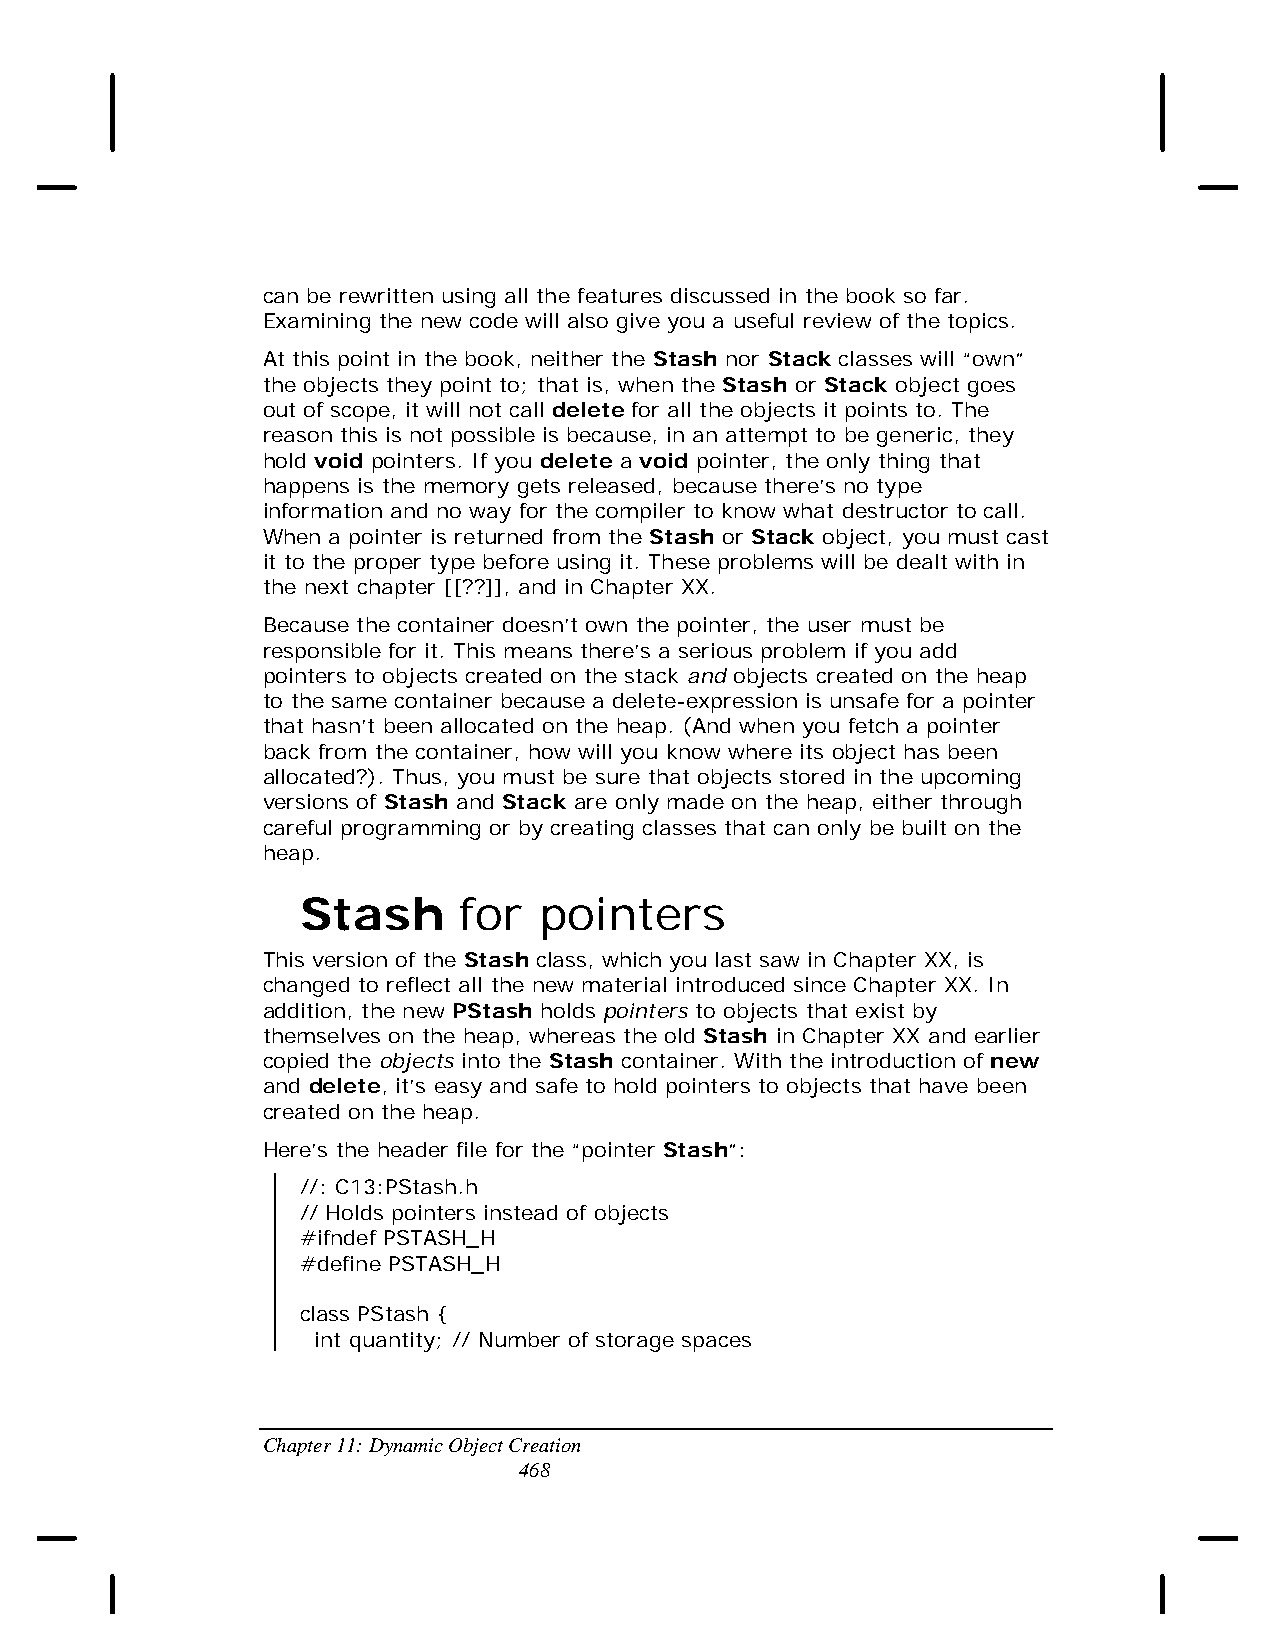
can be rewritten using all the features discussed in the book so far.
 Examining the new code will also give you a useful review of the topics.
 At this point in the book, neither the Stash nor Stack classes will “own”
 the objects they point to; that is, when the Stash or Stack object goes
 out of scope, it will not call delete for all the objects it points to. The
 reason this is not possible is because, in an attempt to be generic, they
 hold void pointers. If you delete a void pointer, the only thing that
 happens is the memory gets released, because there’s no type
 information and no way for the compiler to know what destructor to call.
 When a pointer is returned from the Stash or Stack object, you must cast
 it to the proper type before using it. These problems will be dealt with in
 the next chapter [[??]], and in Chapter XX.
 Because the container doesn’t own the pointer, the user must be
 responsible for it. This means there’s a serious problem if you add
 pointers to objects created on the stack and objects created on the heap
 to the same container because a delete-expression is unsafe for a pointer
 that hasn’t been allocated on the heap. (And when you fetch a pointer
 back from the container, how will you know where its object has been
 allocated?). Thus, you must be sure that objects stored in the upcoming
 versions of Stash and Stack are only made on the heap, either through
 careful programming or by creating classes that can only be built on the
 heap.
 Stash     for   pointers
 This version of the Stash class, which you last saw in Chapter XX, is
 changed to reflect all the new material introduced since Chapter XX. In
 addition, the new PStash holds pointers to objects that exist by
 themselves on the heap, whereas the old Stash in Chapter XX and earlier
 copied the objects into the Stash container. With the introduction of new
 and delete, it’s easy and safe to hold pointers to objects that have been
 created on the heap.
 Here’s the header file for the “pointer Stash”:
 //: C13:PStash.h
 // Holds pointers instead of objects
 #ifndef PSTASH_H
 #define PSTASH_H
 class PStash {
 int quantity; // Number of storage spaces
 Chapter 11: Dynamic Object Creation
 468